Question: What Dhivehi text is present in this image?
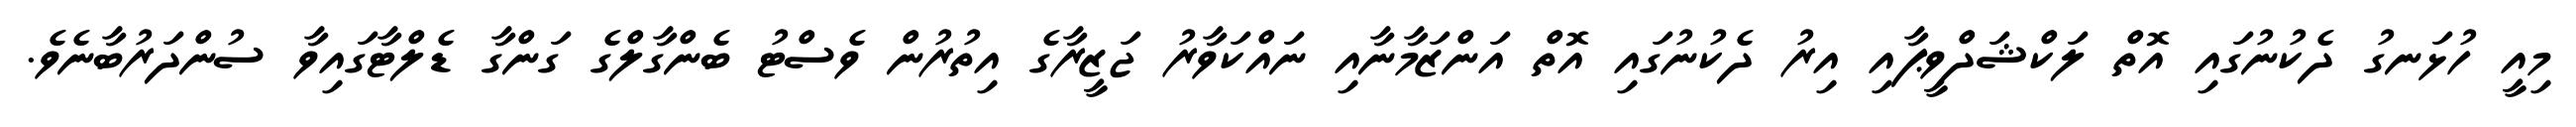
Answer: މިއީ ހުޅަނގު ދެކުނުގައި އޮތް ލަކްޝަދްވީޕާއި އިރު ދެކުނުގައި އޮތް އަންޒަމާނާއި ނައްކަވާރު ޖަޒީރާގެ އިތުރުން ވެސްޓު ބެންގާލްގެ ގަންގާ ޑެލްޓާގައިވާ ސުންދަރުބާނެވެ.